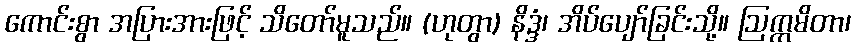
ကောင်းစွာ အပြားအားဖြင့် သိတော်မူသည်။ (ဟုတွာ) နိဒ္ဒံ၊ အိပ်ပျော်ခြင်းသို့။ ဩက္ကမိတာ၊